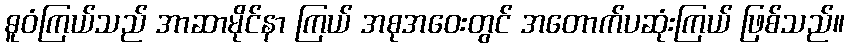
ဓူဝံကြယ်သည် အာဆာမိုင်နာ ကြယ် အစုအဝေးတွင် အတောက်ပဆုံးကြယ် ဖြစ်သည်။